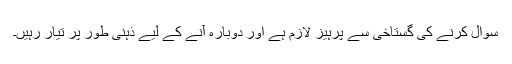
سوال کرنے کی گستاخی سے پرہیز لازم ہے اور دوبارہ آنے کے لیے ذہنی طور پر تیار رہیں۔